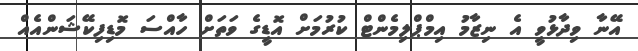
އޭނާ ވިދާޅުވީ އެ ނިޒާމު އިމްޕްލިމެންޓް ކުރުމަށް އޮޑީގެ ވަތަށް ހާއްސަ މޮޑިފިކޭޝަންއެއް